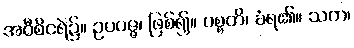
အဝီစိငရဲ၌။ ဥပပဇ္ဇ၊ ဖြစ်၍။ ပစ္စတိ၊ ခံရ၏။ သက၊